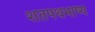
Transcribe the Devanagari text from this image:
शतपथभाष्य